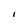
Character: I